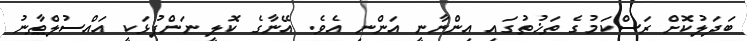
ބަދަލުކޮށް ރަސްކަމުގެ ތަޚުތުގައި އިންނާނީ އަންނި އެވެ. އޭނާގެ ކޮލީ ނަންފުޅަކީ އައްސުލްޠާނު